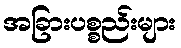
အခြားပစ္စည်းများ